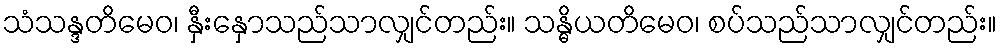
သံသန္ဒတိမေဝ၊ နှီးနှောသည်သာလျှင်တည်း။ သန္ဓိယတိမေဝ၊ စပ်သည်သာလျှင်တည်း။